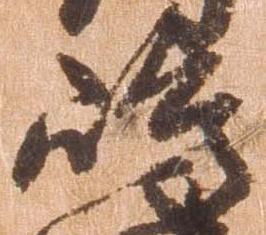
島